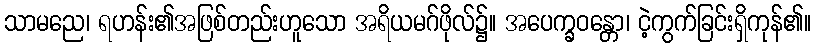
သာမညေ၊ ရဟန်း၏အဖြစ်တည်းဟူသော အရိယမဂ်ဖိုလ်၌။ အပေက္ခဝန္တော၊ ငဲ့ကွက်ခြင်းရှိကုန်၏။